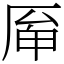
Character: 𠩯